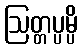
ဩတ္တပ္ပမ္ပိ